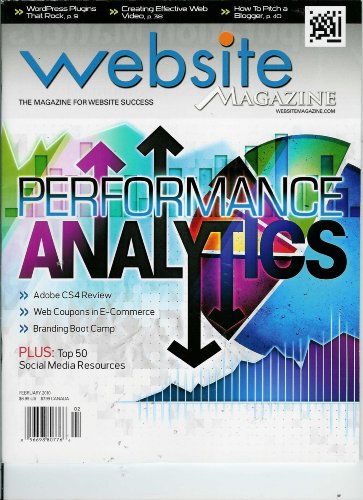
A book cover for Website Magazine: The Magazine for Website Success : Performance Analytics + Top 50 Social Media Resources February 2010 Volume 5; Computers & Technology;